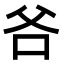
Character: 𭶻